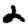
Digit: 2